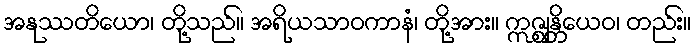
အနုဿတိယော၊ တို့သည်။ အရိယသာဝကာနံ၊ တို့အား။ ဣဇ္ဈန္တိယေဝ၊ တည်း။